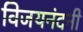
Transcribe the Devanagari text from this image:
विजयनंदनी